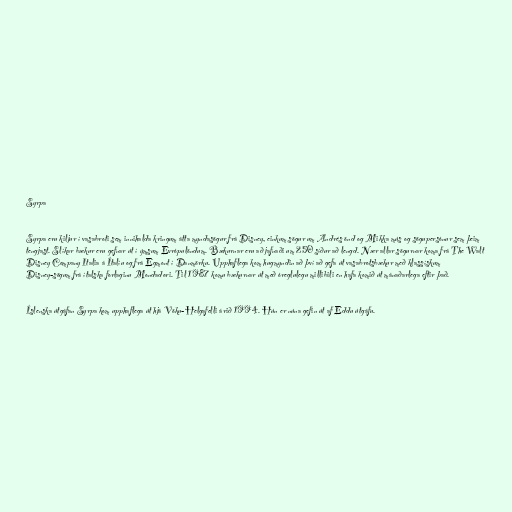
Syrpa

Syrpa eru kiljur í vasabroti sem innihalda kringum átta myndasögur frá Disney, einkum sögur um Andrés önd og Mikka mús og sögupersónur sem þeim
tengjast. Slíkar bækur eru gefnar út í ýmsum Evrópulöndum. Bækurnar eru að jafnaði um 250 síður að lengd. Nær allar sögurnar koma frá The Walt
Disney Company Italia á Ítalíu og frá Egmont í Danmörku. Upphaflega kom hugmyndin að því að gefa út vasabrotsbækur með klassískum
Disney-sögum frá ítalska forlaginu Mondadori. Til 1987 komu bækurnar út með óreglulegu millibili en hafa komið út mánaðarlega eftir það.

Íslenska útgáfan Syrpa kom upphaflega út hjá Vöku-Helgafelli árið 1994. Hún er núna gefin út af Eddu útgáfu.